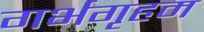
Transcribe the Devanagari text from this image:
गर्भगृहम